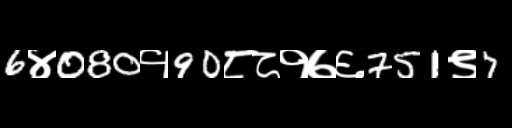
Text: 6४080१90८८१७६751९7